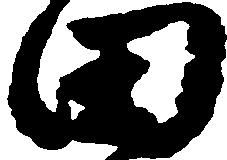
田